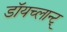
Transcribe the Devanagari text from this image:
डॉयच्लान्ट्